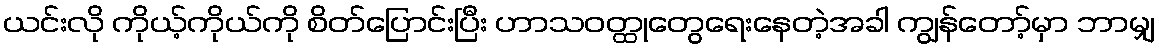
ယင်းလို ကိုယ့်ကိုယ်ကို စိတ်ပြောင်းပြီး ဟာသဝတ္ထုတွေရေးနေတဲ့အခါ ကျွန်တော့်မှာ ဘာမျှ